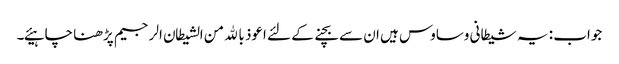
جواب : یہ شیطانی وساوس ہیں ان سے بچنے کے لئے اعوذ بالله من الشیطان الرجیم پڑھنا چاہیئے۔